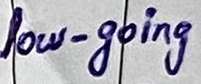
Text: low-going